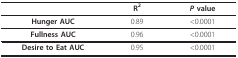
|  | R2 | P value |
 | --- | --- | --- |
 | Hunger AUC | 0.89 | <0.0001 |
 | Fullness AUC | 0.96 | <0.0001 |
 | Desire to Eat AUC | 0.95 | <0.0001 |